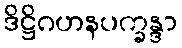
ဒိဋ္ဌိဂဟနပက္ခန္ဒာ